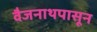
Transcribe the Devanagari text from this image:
वैजनाथपासून